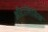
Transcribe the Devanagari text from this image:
औटोलिसिंस